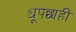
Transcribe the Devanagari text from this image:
धूपछाहीं